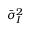
\bar { \sigma } _ { I } ^ { 2 }